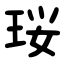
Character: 珱